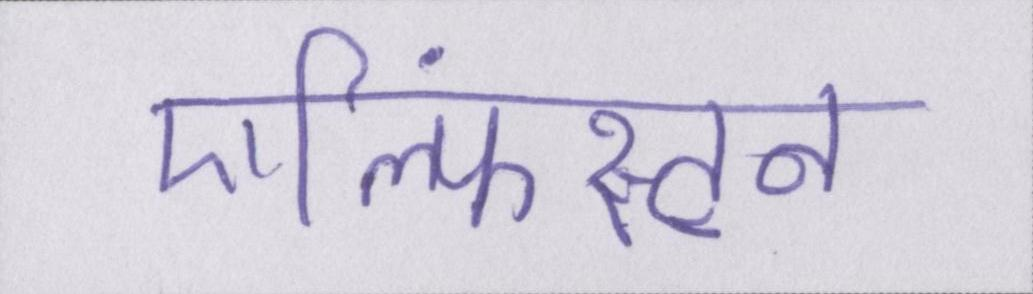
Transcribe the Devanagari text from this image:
एल्फिंस्टन